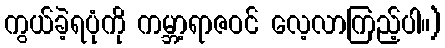
ကွယ်ခဲ့ရပုံကို ကမ္ဘာ့ရာဇဝင် လေ့လာကြည့်ပါ။)